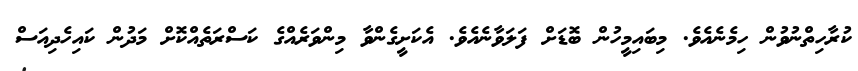
ކުރާހިތްނުވުން ހިމެނެއެވެ. މިބައިމީހުން ބޮޑަށް ފަލަވާނެއެވެ. އެކަށީގެންވާ މިންވަރެއްގެ ކަސްރަތެއްކޮށް މަދުން ކައިހެދިއަސް